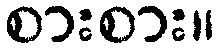
စားစား။